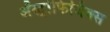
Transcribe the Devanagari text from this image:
ॲस्ट्रोफिजिक्‍स